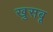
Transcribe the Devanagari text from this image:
खुसबू